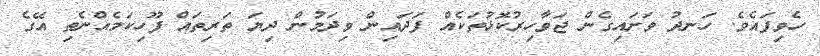
ހެވިފައެވެ. ހަނދު ވަށައިގެން ޖަވާހިރުކޮޅުތަކެއް ފަދައިން ވިދަމުން ދިޔަ ތަރިތައް ފޫހިކަމެއްނެތި އޭގެ